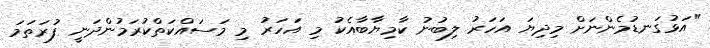
"އަޅުގަނޑުމެންނަށް މިދިޔަ އަހަރު ލިބުނު ކާމިޔާބާއެކު މި އަހަރު މި މަސައްކަތްކުރަމުންދަނީ ފުރަތަމަ